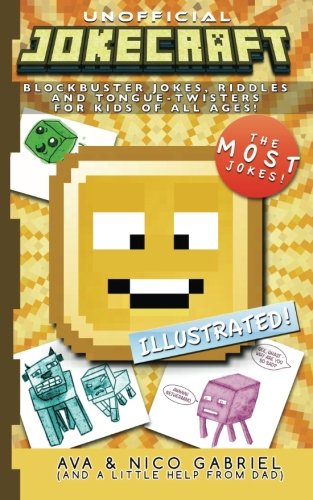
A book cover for Jokecraft: Blockbuster Minecraft Jokes for Kids of All Ages!: Over 150+ Jokes, Riddles, and Tongue-Twisters!; Marcos Gabriel; Humor & Entertainment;